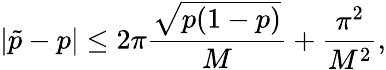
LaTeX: |\tilde{p}-p|\leq 2\pi\frac{\sqrt{p(1-p)}}{M}+\frac{\pi^{2}}{M^{2}},